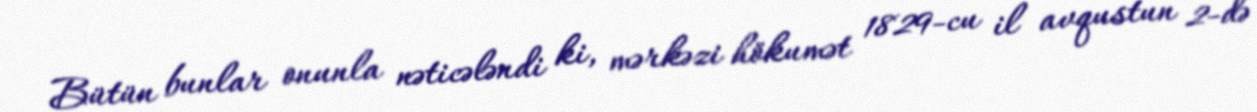
Bütün bunlar onunla nəticələndi ki, mərkəzi hökumət 1829-cu il avqustun 2-də